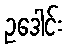
ဥဒေါင်း